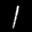
Label: 1